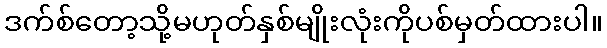
ဒက်စ်တော့သို့မဟုတ်နှစ်မျိုးလုံးကိုပစ်မှတ်ထားပါ။